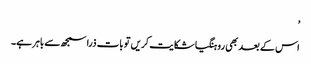
’
اس کے بعد بھی روہنگیا شکایت کریں تو بات ذرا سمجھ سے باہر ہے۔